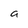
Character: a